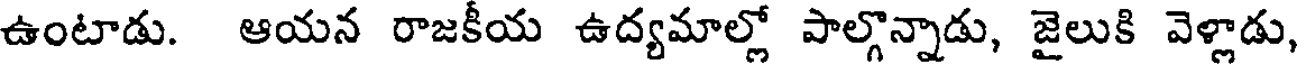
ఉంటాడు. ఆయన రాజకీయ ఉద్యమాల్లో పాల్గొన్నాడు, జైలుకి వెళ్లాడు,